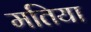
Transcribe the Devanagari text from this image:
मतिया